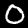
Digit: 0